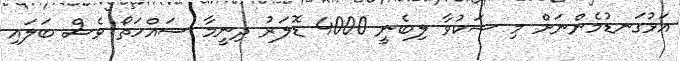
އަޅުގަނޑުމެންނަށް މި ޝަކުވާ ލިބެނީ 4000 ޑޮލަރު ދިނީމާ ސައްހަތޯ ވެސް ބަލައި